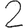
Digit: 2